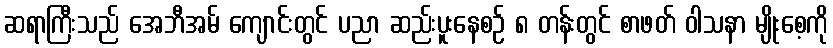
ဆရာကြီးသည် အေဘီအမ် ကျောင်းတွင် ပညာ ဆည်းပူးနေစဉ် ၈ တန်းတွင် စာဖတ် ဝါသနာ မျိုးစေ့ကို